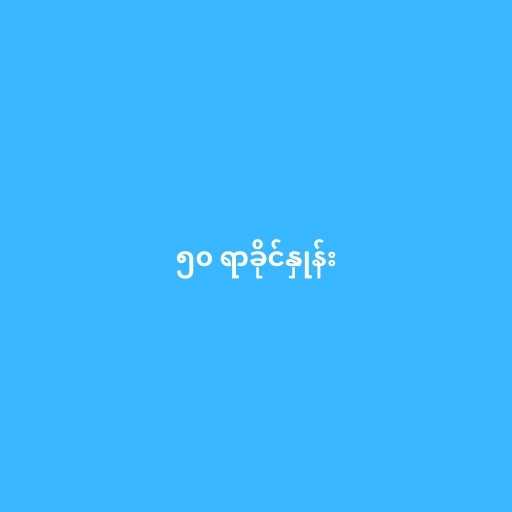
၅၀ ရာခိုင်နှုန်း